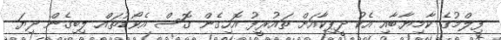
ފިލްމުގެ ކާމިޔާބާއި އެކު ދީޕިކާއަށް ތައުރީފު އޮހިގެން ގޮސް އެވޯޑުތައް ލިބިގެން ދިޔަ